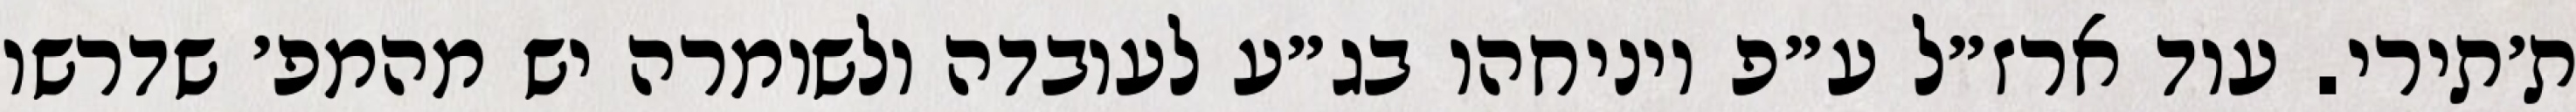
ת׳תירי. עוד ארז״ל ע״פ ויניחהו בג״ע לעובדה ולשומרה יש מהמפ׳ שדרשו